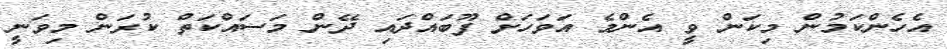
އެހެންކަމުން މިކަން ވީ އެންމެ އަވަހަށް ފޫބައްދައި ދޭން މަސައްކަތް ކުރަން މިވަނީ